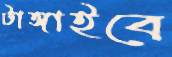
টাঙ্গাইবে